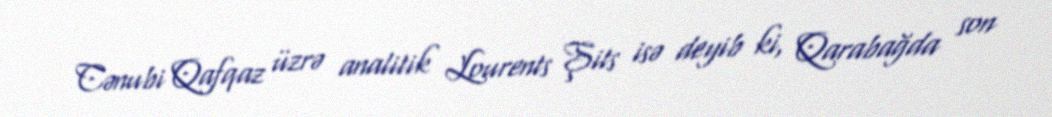
Cənubi Qafqaz üzrə analitik Lourents Şits isə deyib ki, Qarabağda son